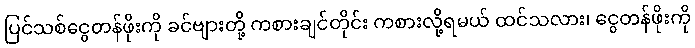
ပြင်သစ်ငွေတန်ဖိုးကို ခင်ဗျားတို့ ကစားချင်တိုင်း ကစားလို့ရမယ် ထင်သလား၊ ငွေတန်ဖိုးကို